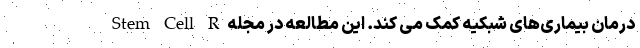
درمان بیماری‌های شبکیه کمک می کند. این مطالعه در مجله Stem Cell R